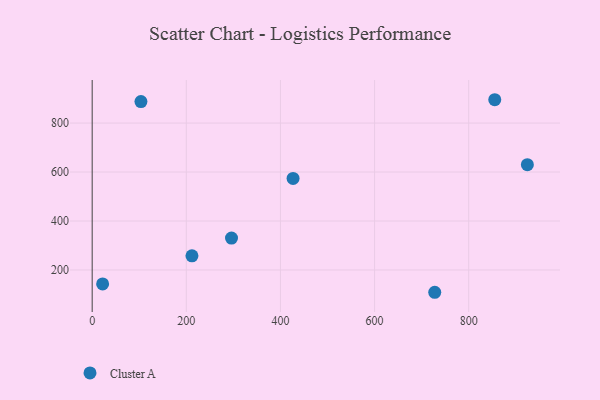
{"axis": {"x": "Study Hours", "y": "Yield"}, "legend": ["Cluster A"], "data": [{"x": "296.0", "y": 330.4, "type": "Cluster A"}, {"x": "426.8", "y": 573.8, "type": "Cluster A"}, {"x": "22.2", "y": 143.1, "type": "Cluster A"}, {"x": "855.3", "y": 895.3, "type": "Cluster A"}, {"x": "924.6", "y": 630.2, "type": "Cluster A"}, {"x": "727.8", "y": 108.9, "type": "Cluster A"}, {"x": "103.6", "y": 887.7, "type": "Cluster A"}, {"x": "212.0", "y": 257.7, "type": "Cluster A"}]}